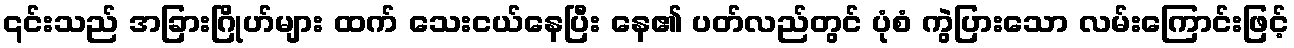
၎င်းသည် အခြားဂြိုဟ်များ ထက် သေးငယ်နေပြီး နေ၏ ပတ်လည်တွင် ပုံစံ ကွဲပြားသော လမ်းကြောင်းဖြင့်